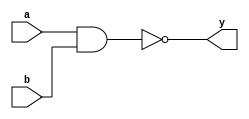
module nand_gatelevel(y,a,b);

input a,b;
output y;

nand(y,a,b);

endmodule